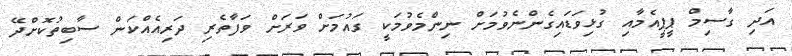
އަދި ގާސިމް ޕީޕީއެމާއި ގުޅިވަޑައިގެންނެވުމަށް ނިންމެވުމަކީ ގައުމަށް ވަރަށް ވަފާތެރި ދަރިއެއްކަން ސާބިތުކޮށްދޭ